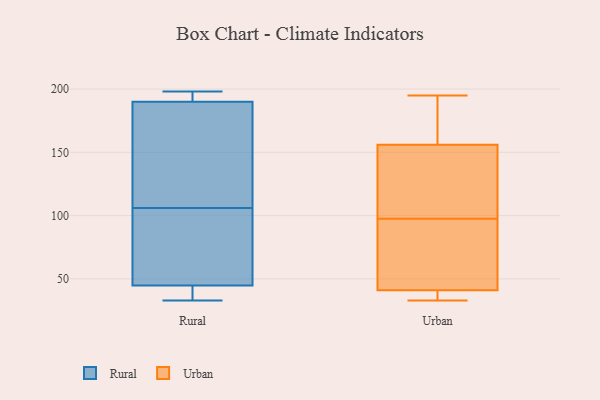
{"axis": {"x": "Latency (ms)", "y": "Value"}, "legend": ["Rural", "Urban"], "data": [{"x": "", "y": 114, "type": "Rural"}, {"x": "", "y": 39, "type": "Rural"}, {"x": "", "y": 197, "type": "Rural"}, {"x": "", "y": 169, "type": "Rural"}, {"x": "", "y": 56, "type": "Rural"}, {"x": "", "y": 41, "type": "Rural"}, {"x": "", "y": 106, "type": "Rural"}, {"x": "", "y": 198, "type": "Rural"}, {"x": "", "y": 198, "type": "Rural"}, {"x": "", "y": 33, "type": "Rural"}, {"x": "", "y": 64, "type": "Rural"}, {"x": "", "y": 107, "type": "Urban"}, {"x": "", "y": 126, "type": "Urban"}, {"x": "", "y": 37, "type": "Urban"}, {"x": "", "y": 41, "type": "Urban"}, {"x": "", "y": 78, "type": "Urban"}, {"x": "", "y": 195, "type": "Urban"}, {"x": "", "y": 88, "type": "Urban"}, {"x": "", "y": 179, "type": "Urban"}, {"x": "", "y": 33, "type": "Urban"}, {"x": "", "y": 156, "type": "Urban"}]}